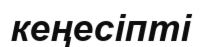
кеңесіпті